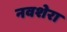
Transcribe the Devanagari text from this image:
नवशेरा